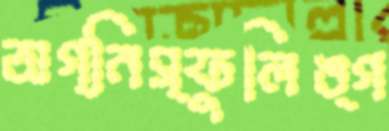
অগ্নিস্ফুলিঙ্গ